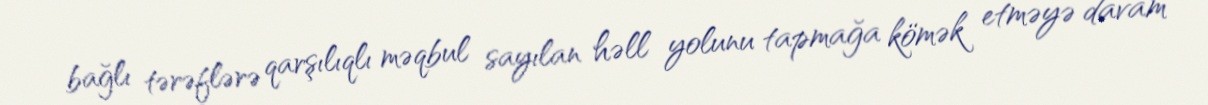
bağlı tərəflərə qarşılıqlı məqbul sayılan həll yolunu tapmağa kömək etməyə davam